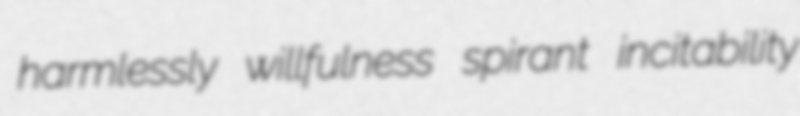
harmlessly willfulness spirant incitability